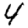
Digit: 4